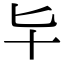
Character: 𠤏